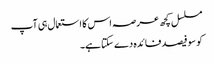
مسلسل کچھ عرصہ اس کا استعمال ہی آپ
کو سو فیصد فائدہ دے سکتا ہے۔